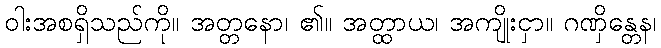
ဝါးအစရှိသည်ကို။ အတ္တနော၊ ၏။ အတ္ထာယ၊ အကျိုးငှာ။ ဂဏှိန္တေန၊